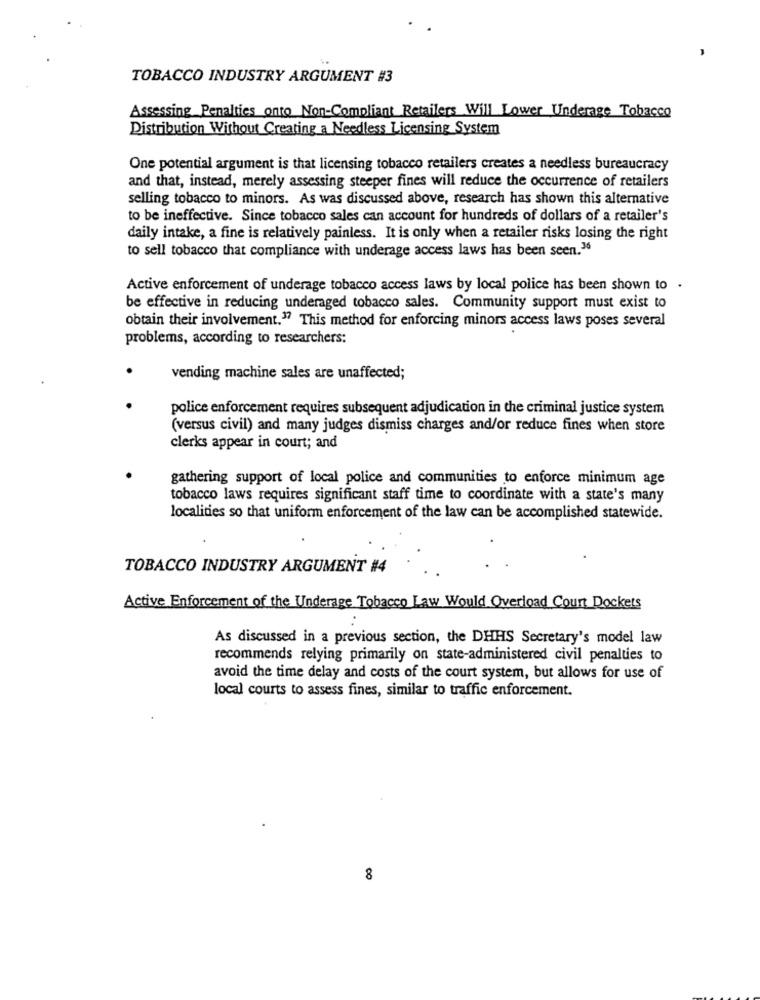
TOBACCO INDUSTRY ARGUMENT #3
Assessing Penalties onto Non-Compliant Retailers Will Lower Underage Tobacco
Distribution Without Creating a Needless Licensing System
One potential argument is that licensing tobacco retailers creates a needless bureaucracy
and that, instead, merely assessing steeper fines will reduce the occurrence of retailers
selling tobacco to minors. As was discussed above, research has shown this alternative
to be ineffective. Since tobacco sales can account for hundreds of dollars of a retailer's
daily intake, a fine is relatively painless. It is only when a retailer risks losing the right
to sell tobacco that compliance with underage access laws has been seen.30
Active enforcement of underage tobacco access laws by local police has been shown to .
be effective in reducing underaged tobacco sales. Community support must exist to
obtain their involvement." This method for enforcing minors access laws poses several
problems, according to researchers:
vending machine sales are unaffected;
police enforcement requires subsequent adjudication in the criminal justice system
(versus civil) and many judges dismiss charges and/or reduce fines when store
clerks appear in court; and
gathering support of local police and communities to enforce minimum age
tobacco laws requires significant staff time to coordinate with a state's many
localities so that uniform enforcement of the law can be accomplished statewide.
TOBACCO INDUSTRY ARGUMENT #4
Active Enforcement of the Underage Tobacco Law Would Overload Count Dockets
As discussed in a previous section, the DHHS Secretary's model law
recommends relying primarily on state-administered civil penalties to
avoid the time delay and costs of the court system, but allows for use of
local courts to assess fines, similar to traffic enforcement.
8